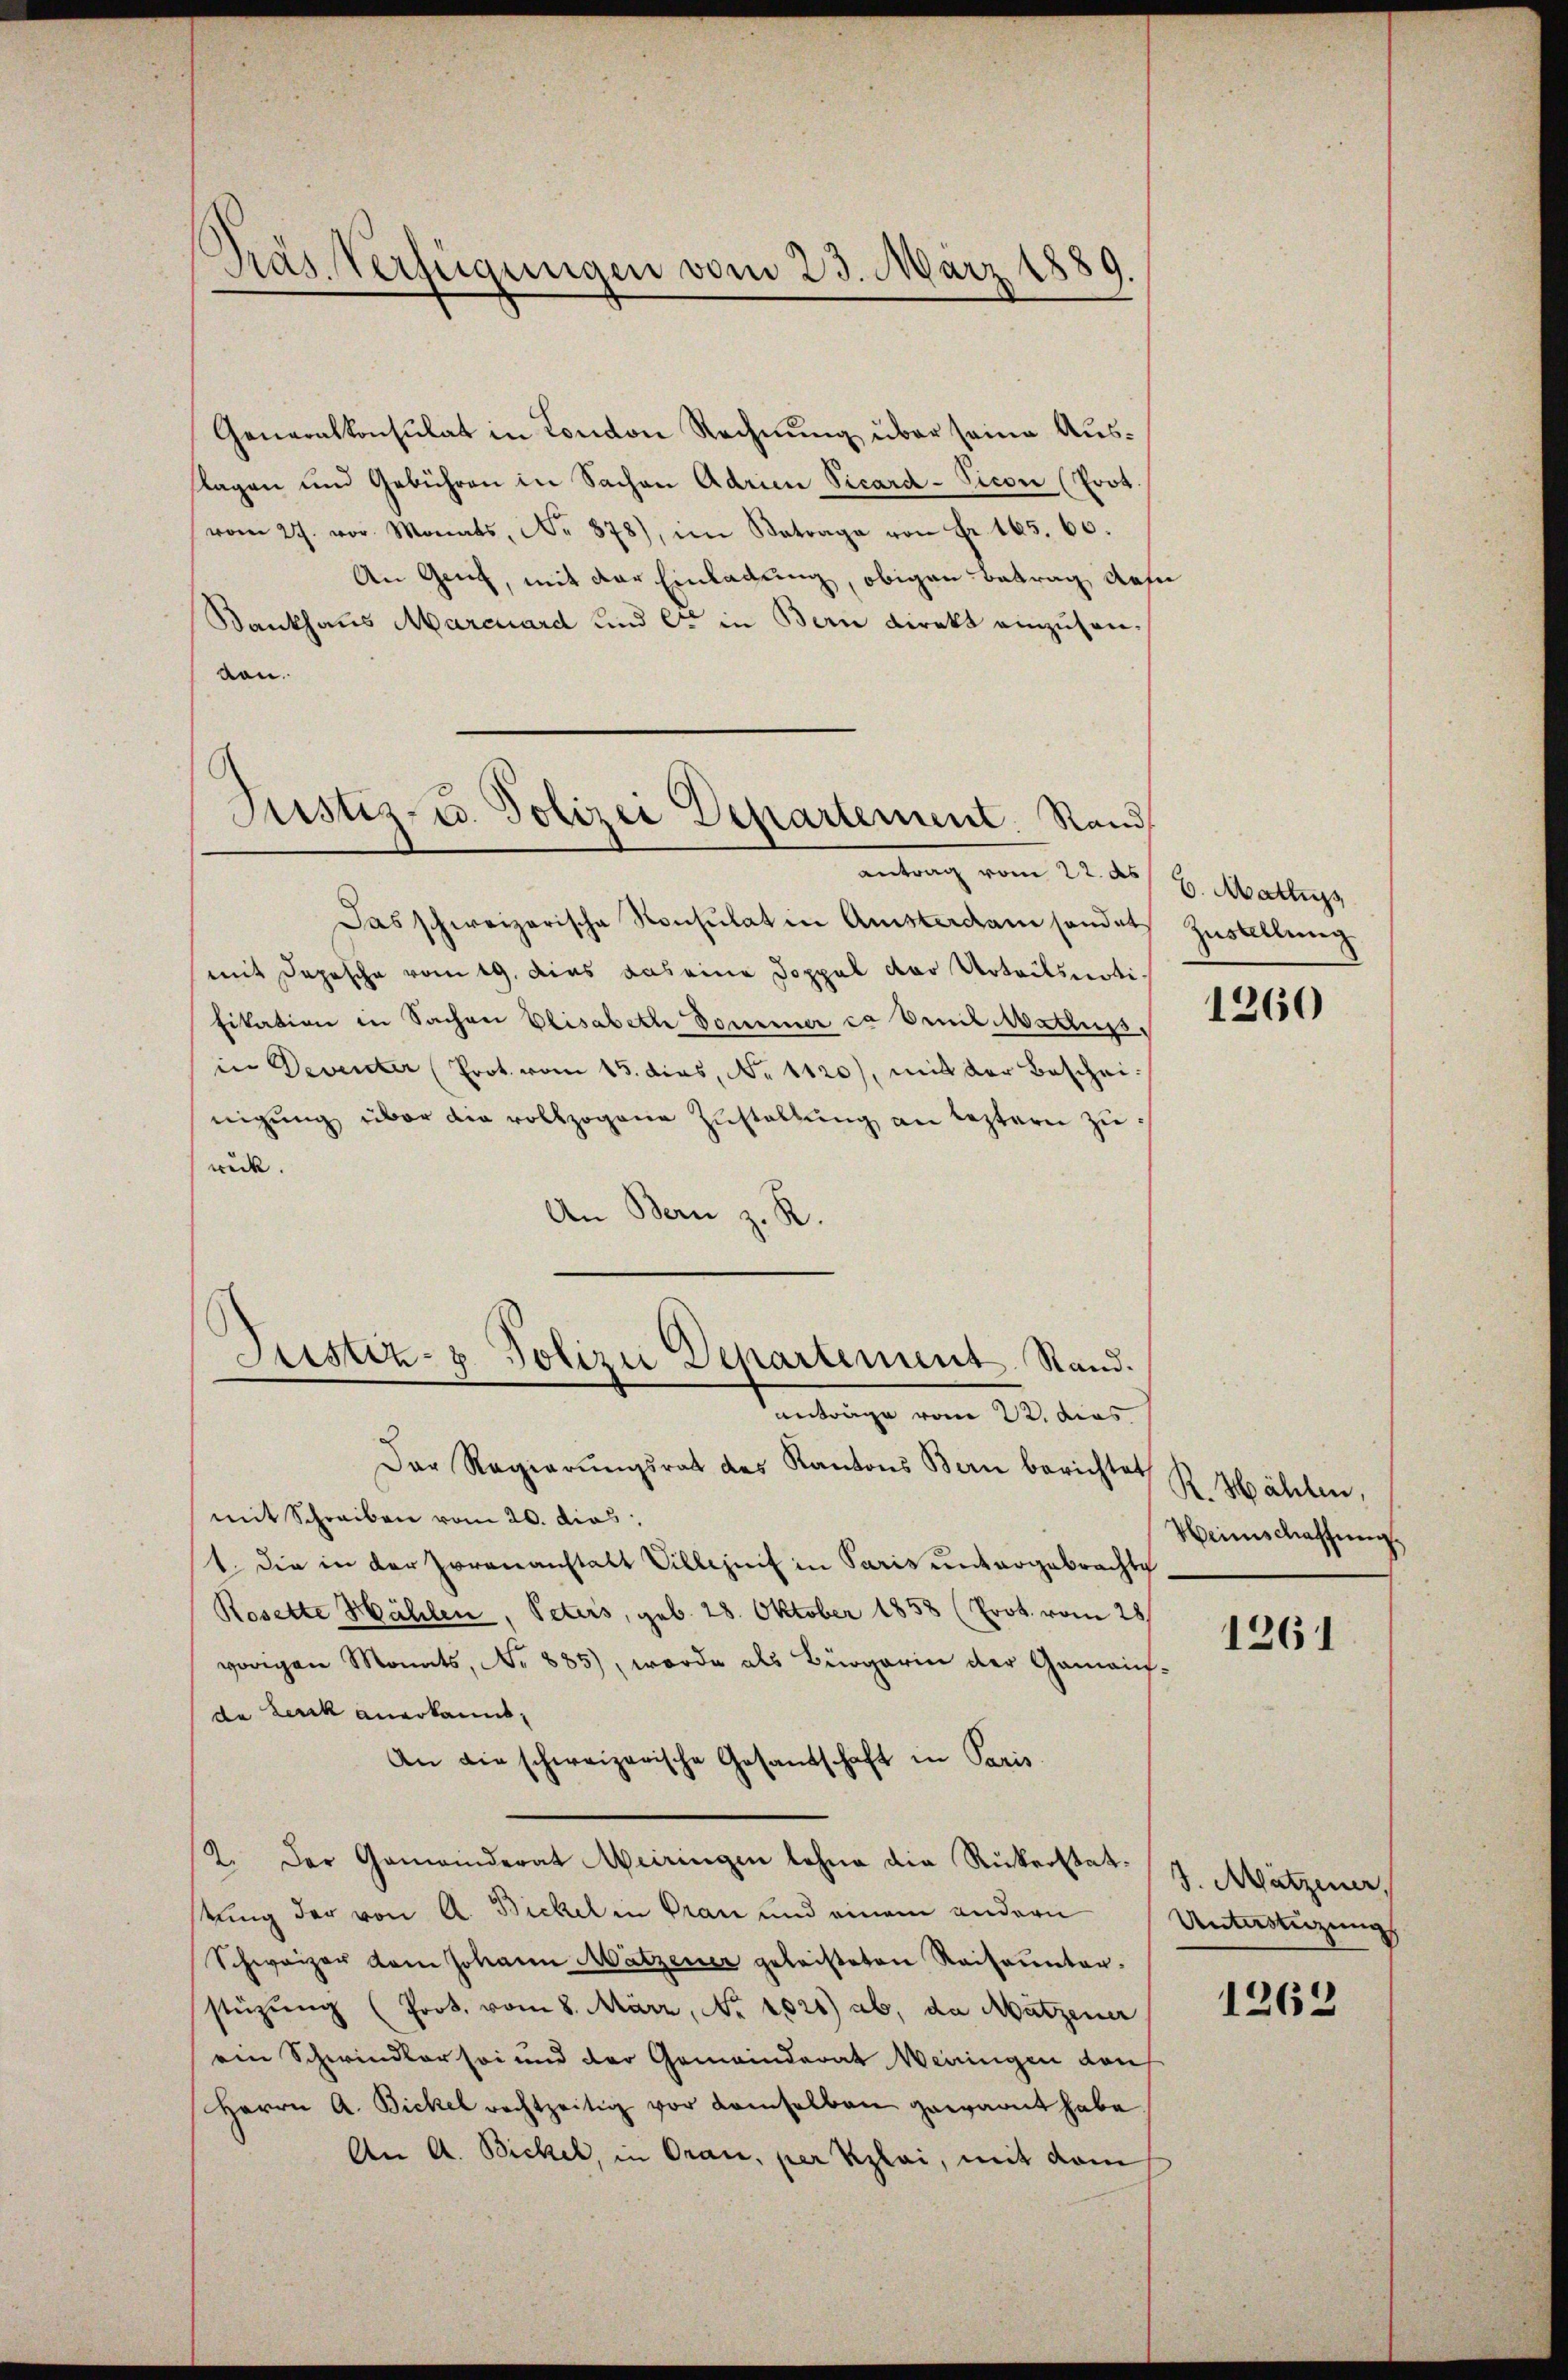
Pras Verfügungen vom 23. März 1885

Generalkonsulat in London Rechnung über seine Auslagen und Gebühren in Sachen Adrien Vicard-Picon (Prot.
vom 27. vor. Monats, Nr. 378), im Betrage von Fr. 165. 60.
An Genf, mit der Einladung, obigen Betrag des
Rankhaus Marcuard und er in Bern direkt einzusenvon.
antrag vom 22. ds. 8. Wallis
Das schweizerische Konsulat in Amsterdam handet
mit Depesche vom 19. dies das eine Doppel der Urteils notifikation in Sachen Elisabeth Dominer ca Breit Mattuss.
in Deventer (Prot. vom 15. dies, No 1120), mit der Bescheinigŭng über die vollzogene Zustallŭng an leztern zurück.
An Bern z. R.
Justiz- & Polizei Departement. Rand.
antrage vom 22. dies
Der Regierŭngsrat des Kantons Bern berichtet R. Wählen,
mit Schreiben vom 20. dies
1. Die in der Zorenanstalt Villezeit in Paris untergebrachte
Rosette Hählen, Peters, geb. 28. Oktober 1858 (Prot. vom 28
vorigen Monats, No 885), worde als Bürgerin der Gamai
da Lerck anerkannt,
An die schweizerische Gesandschaft in Paris.
2. Der Gemeinderat Meiringen Lohne die Rickerstattung der von A. Bickel in Pran und einem andern
Schweizer dem Johann Mätzener geleisteten Reiseunter-
stüzung (Prot. vom 8. März, No 1021) ab, da Mätzener
ein Schwindler so und der Gemeinderat Meiringen den
Herrn A. Bickel rechtzeitig vor demselben gewarnt habe
An A. Bickel, in Orace, per Klai, mit dem

Justiz- u. Polizei Departement. Rand

Zustellung

1260

Weinschaffung

1261

J. Mützener.
Antanzung

1262